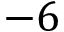
- 6